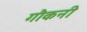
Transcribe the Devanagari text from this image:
गौकनी